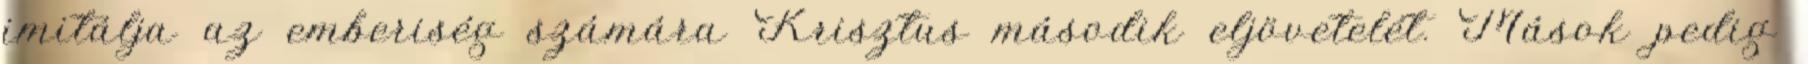
imitálja az emberiség számára Krisztus második eljövetelét. Mások pedig